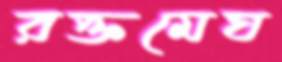
রক্তমেঘ